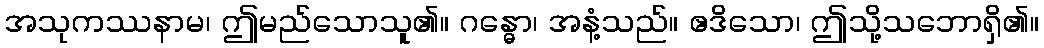
အသုကဿနာမ၊ ဤမည်သောသူ၏။ ဂန္ဓော၊ အနံ့သည်။ ဧဒိသော၊ ဤသို့သဘောရှိ၏။